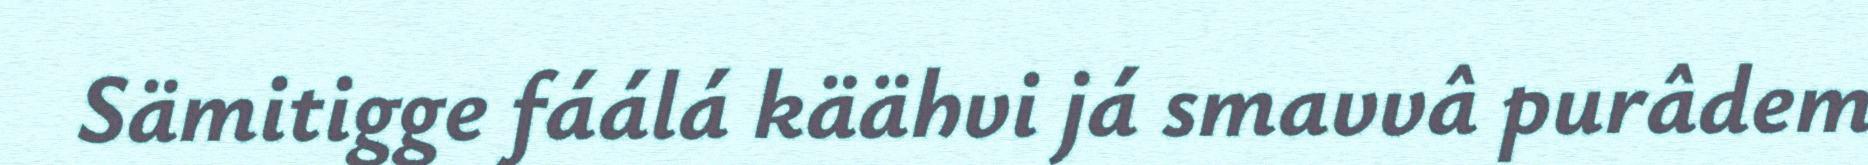
Sämitigge fáálá käähvi já smavvâ purâdem